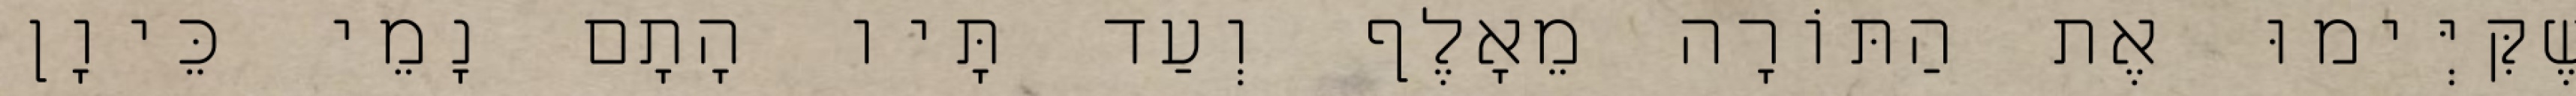
שֶׁקִּיְּימוּ אֶת הַתּוֹרָה מֵאָלֶף וְעַד תָּיו הָתָם נָמֵי כֵּיוָן